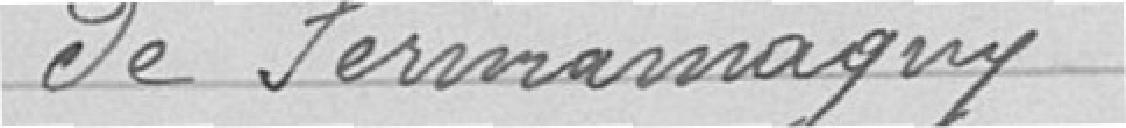
de Sermamagny